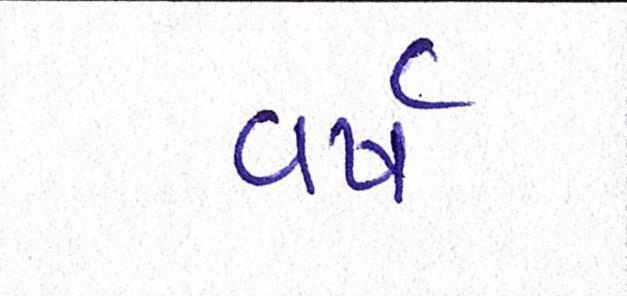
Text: વર્ષ